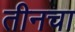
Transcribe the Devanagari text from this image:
तीनचा